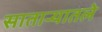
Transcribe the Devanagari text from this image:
साताऱ्यातले